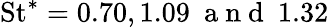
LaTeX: \mathrm{St}^{*}=0.70,1.09~\mathrm{~a~n~d~}~1.32